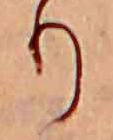
り